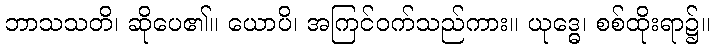
ဘာသသတိ၊ ဆိုပေ၏။ ယောပိ၊ အကြင်ဝက်သည်ကား။ ယုဒ္ဓေ၊ စစ်ထိုးရာ၌။